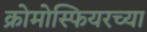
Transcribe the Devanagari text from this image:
क्रोमोस्फियरच्या